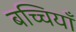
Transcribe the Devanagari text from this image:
बच्चियाँ